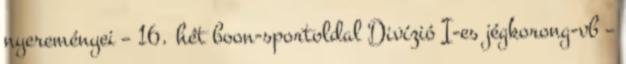
nyereményei – 16. hét boon-sportoldal Divízió I-es jégkorong-vb –